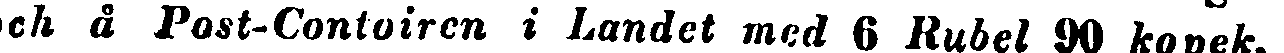
ch å Post-Contoiren i Landet med 6 Rubel 90 kopek,